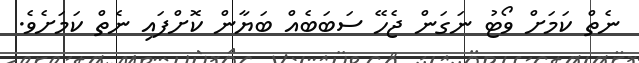
ނެތް ކަމަށް ވޯޓު ނަގަން ޖެހޭ ސަބަބެއް ބަޔާން ކޮށްފައި ނެތް ކަމަށެވެ.